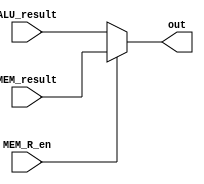
module WB_stage(input [31:0] MEM_result, ALU_result, 
input MEM_R_en, output [31:0] out);

assign out = MEM_R_en ? MEM_result : ALU_result;

endmodule